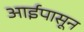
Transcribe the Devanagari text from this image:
आईपासून